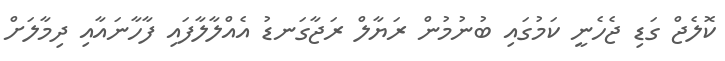
ކޮލެޖް ގަޑި ޖެހެނީ ކަމުގައި ބުނުމުން ރަޔާލް ރަޖާގަނޑު އެއްލާލާފައި ފާހާނައާއި ދިމާލަށް